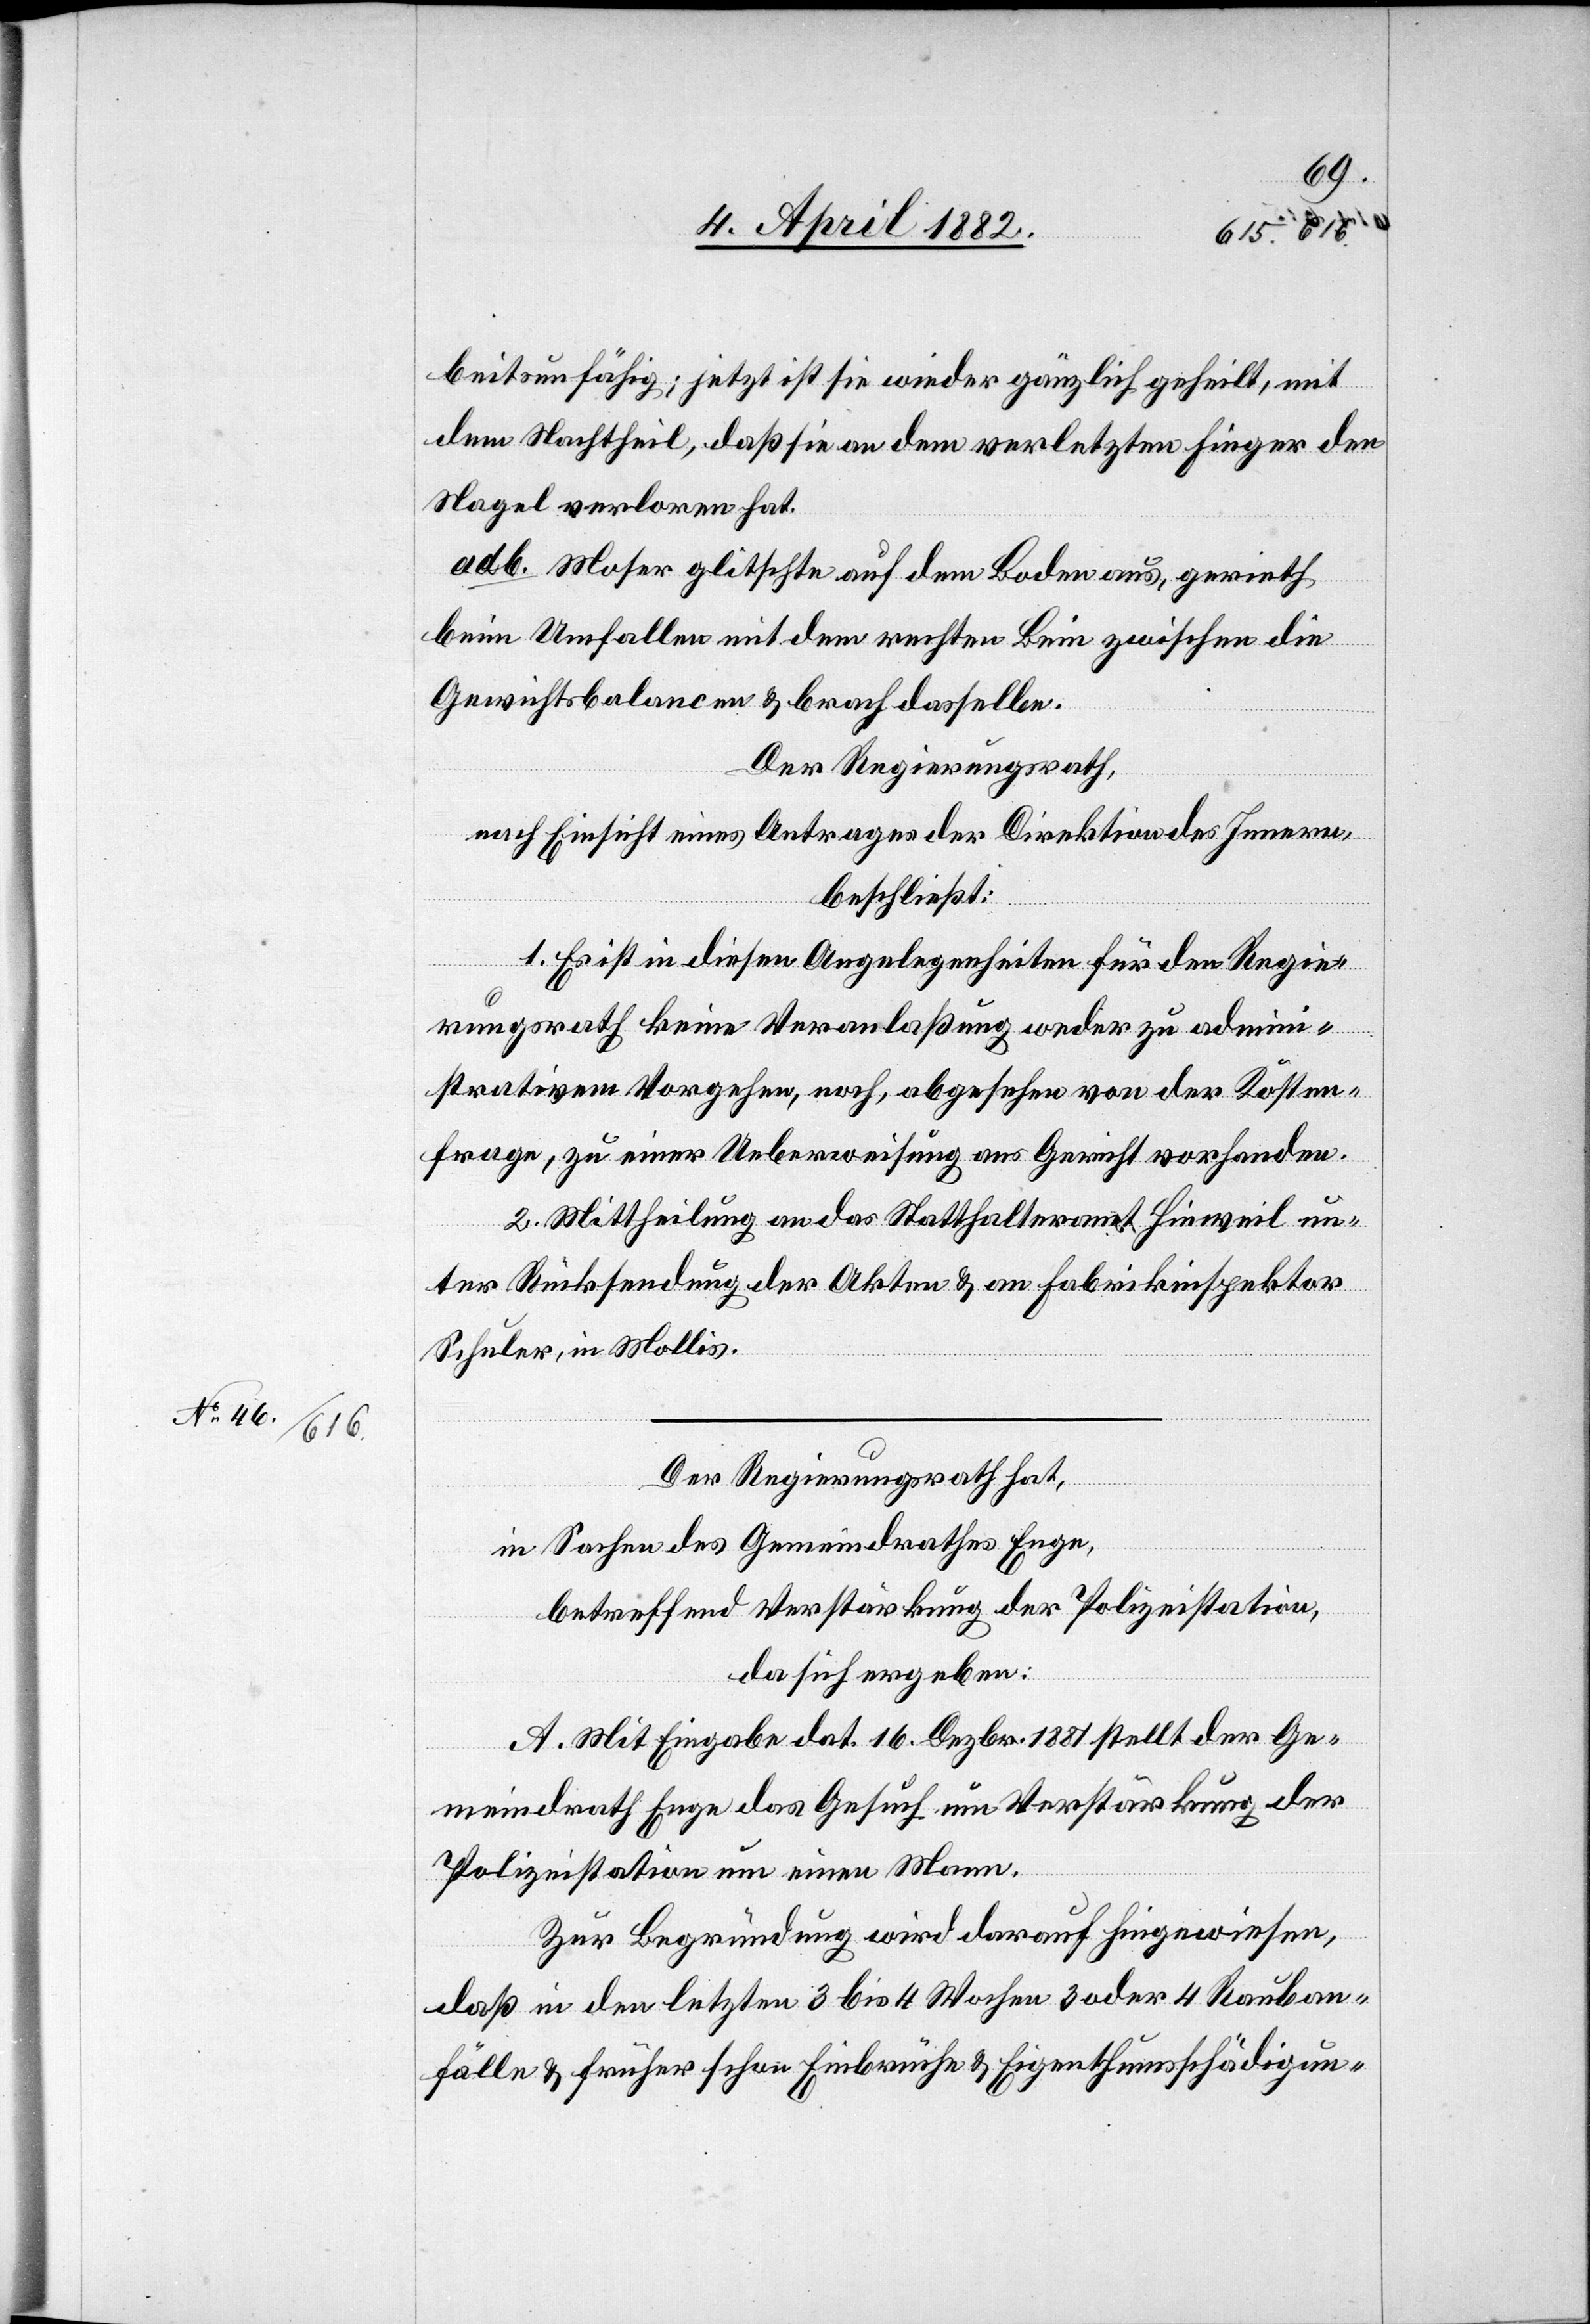
beitsunfähig; jetzt ist sie wieder gänzlich geheilt, mit
dem Nachtheil, daß sie an dem verletzten Finger den
Nagel verloren hat.
ad b. Moser glitschte auf dem Boden aus, gerieth
beim Umfallen mit dem rechten Bein zwischen die
Gewichtsbalancen & brach dasselbe.
Der Regierungsrath,
nach Einsicht eines Antrages der Direktion des Innern,
beschließt:
1. Es ist in diesen Angelegenheiten für den Regie¬
rungsrath keine Veranlaßung weder zu admin¬
istrativem Vorgehen, noch, abgesehen von der Kosten¬
frage, zu einer Ueberweisung ans Gericht vorhanden.
2. Mittheilung an das Statthalteramt Hinweil un¬
ter Rücksendung der Akten & an Fabrikinspektor
Schuler, in Mollis.
Der Regierungsrath hat,
in Sachen des Gemeindrathes Enge,
betreffend Verstärkung der Polizeistation,
da sich ergeben:
A. Mit Eingabe dat. 16. Dezbr. 1881 stellt der Ge¬
meindrath Enge das Gesuch um Verstärkung der
Polizeistation um einen Mann.
Zur Begründung wird darauf hingewiesen,
daß in den letzten 3 bis 4 Wochen 3 oder 4 Rauban¬
fälle & früher schon Einbrüche & Eigenthumsschädigun-